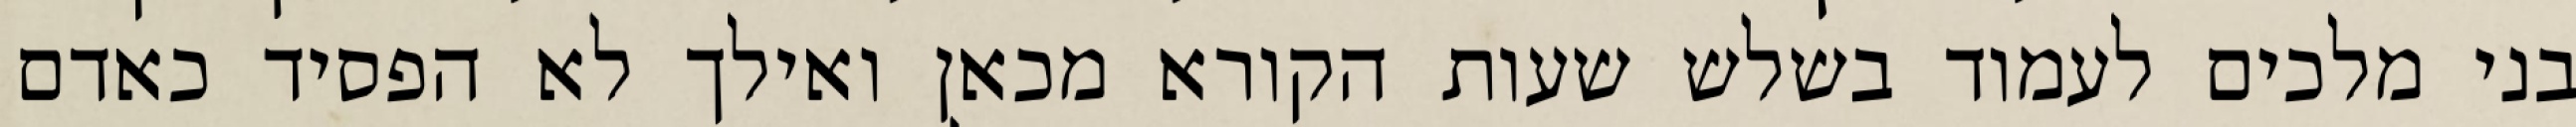
בני מלכים לעמוד בשלש שעות הקורא מכאן ואילך לא הפסיד כאדם